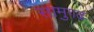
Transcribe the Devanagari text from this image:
सामुगढ